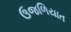
ઉજળિયાત